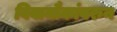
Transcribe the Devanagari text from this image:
विवानौकांवरुन